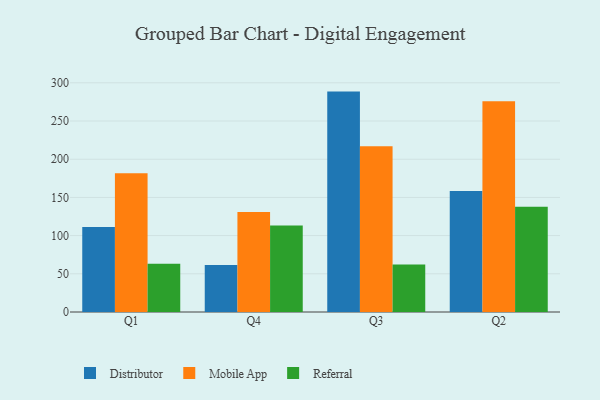
{"axis": {"x": "Quarter", "y": "LTV (USD)"}, "legend": ["Distributor", "Mobile App", "Referral"], "data": [{"x": "Q1", "y": 111.4, "type": "Distributor"}, {"x": "Q1", "y": 181.6, "type": "Mobile App"}, {"x": "Q1", "y": 63.3, "type": "Referral"}, {"x": "Q4", "y": 61.5, "type": "Distributor"}, {"x": "Q4", "y": 130.9, "type": "Mobile App"}, {"x": "Q4", "y": 113.3, "type": "Referral"}, {"x": "Q3", "y": 288.5, "type": "Distributor"}, {"x": "Q3", "y": 217.0, "type": "Mobile App"}, {"x": "Q3", "y": 62.2, "type": "Referral"}, {"x": "Q2", "y": 158.5, "type": "Distributor"}, {"x": "Q2", "y": 276.0, "type": "Mobile App"}, {"x": "Q2", "y": 137.9, "type": "Referral"}]}